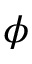
\phi